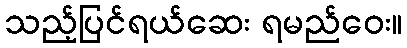
သည့်ပြင်ရယ်ဆေး ရမည်ဝေး။